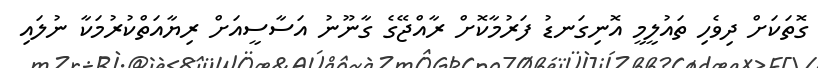
ގޮތަކަށް ދިވެހި ތައުލީމީ އޮނިގަނޑު ފަރުމާކޮށް ރާއްޖޭގެ ގާނޫނު އަސާސީއަށް ރިޔާއަތްކުރުމަކާ ނުލައި